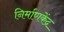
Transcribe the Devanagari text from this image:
निर्माणकेंद्र